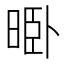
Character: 𱢊